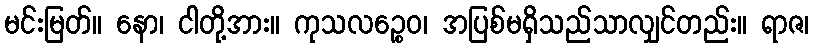
မင်းမြတ်။ နော၊ ငါတို့အား။ ကုသလဉ္စေဝ၊ အပြစ်မရှိသည်သာလျှင်တည်း။ ရာဇ၊